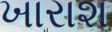
ખારાશ